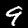
Label: 9